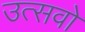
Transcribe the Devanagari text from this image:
उत्सवो